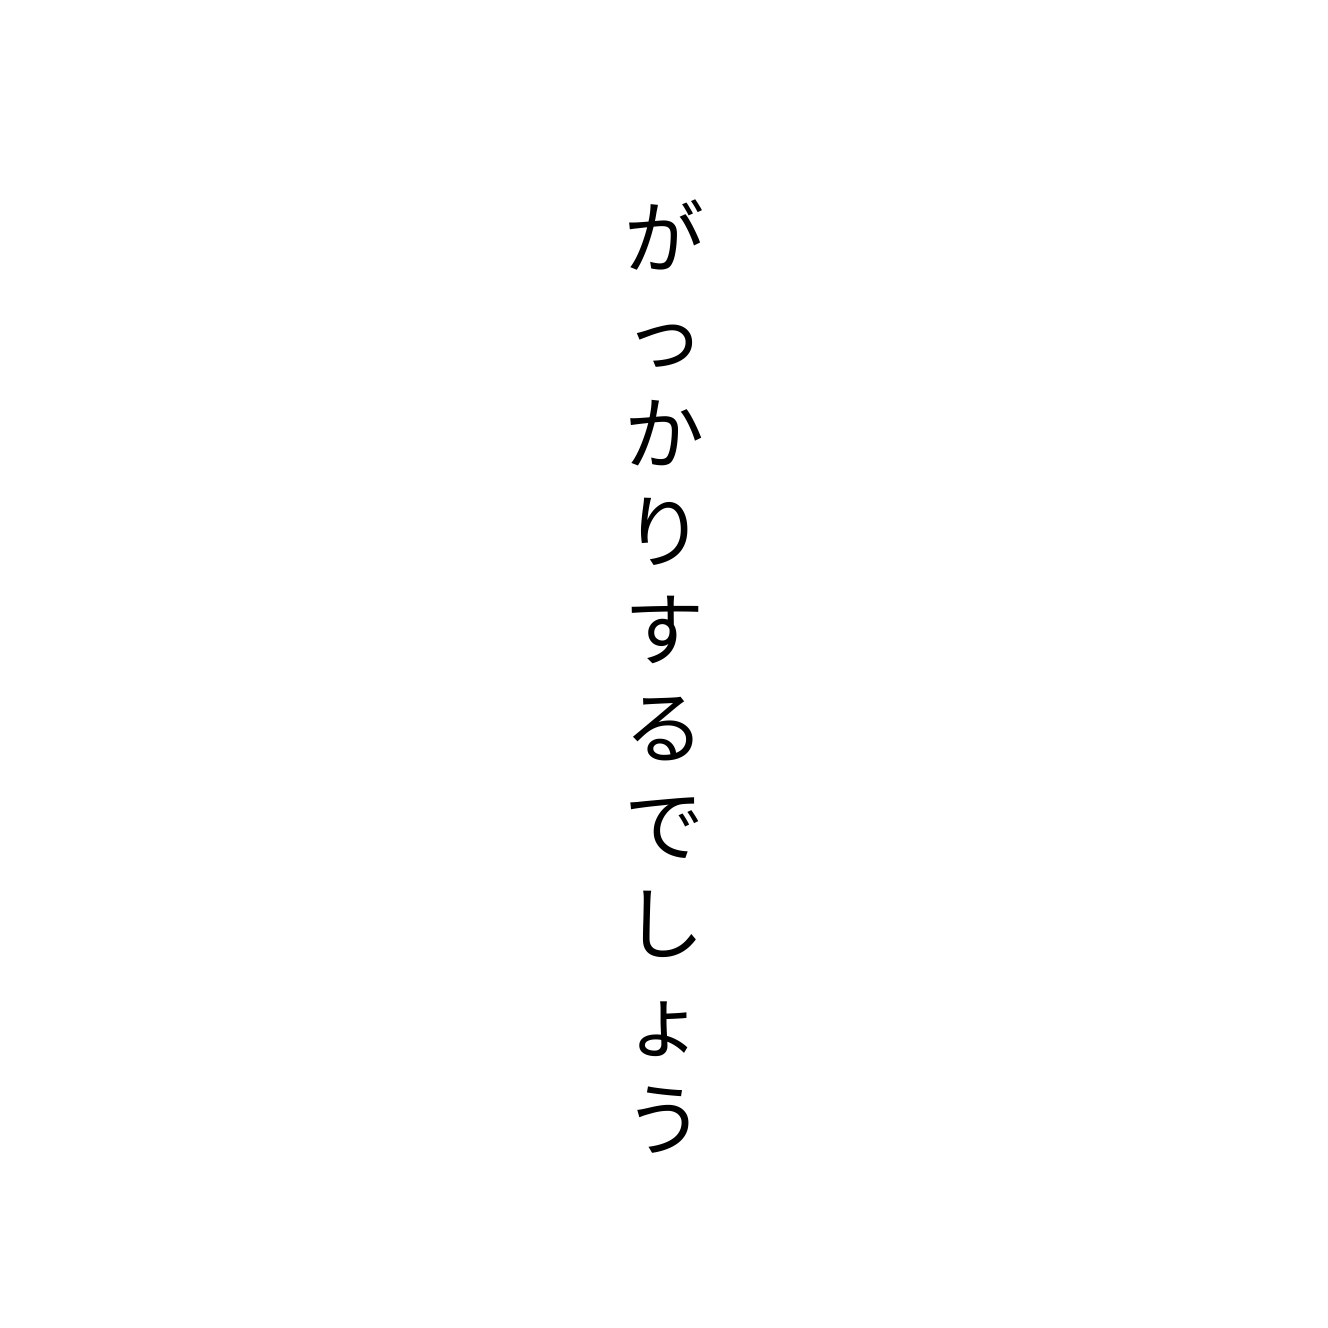
がっかりするでしょう